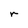
Character: r